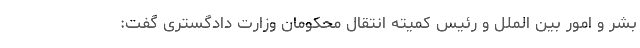
بشر و امور بین الملل و رئیس کمیته انتقال محکومان وزارت دادگستری گفت: